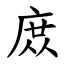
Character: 庻